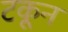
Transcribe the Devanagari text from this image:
टकून